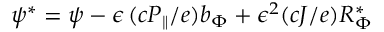
\psi ^ { * } = \psi - \epsilon \, ( c P _ { \| } / e ) b _ { \Phi } + \epsilon ^ { 2 } ( c J / e ) { \cal R } _ { \Phi } ^ { * }